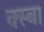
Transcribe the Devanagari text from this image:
क्स्बा